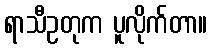
ရာသီဥတုက ပူလိုက်တာ။